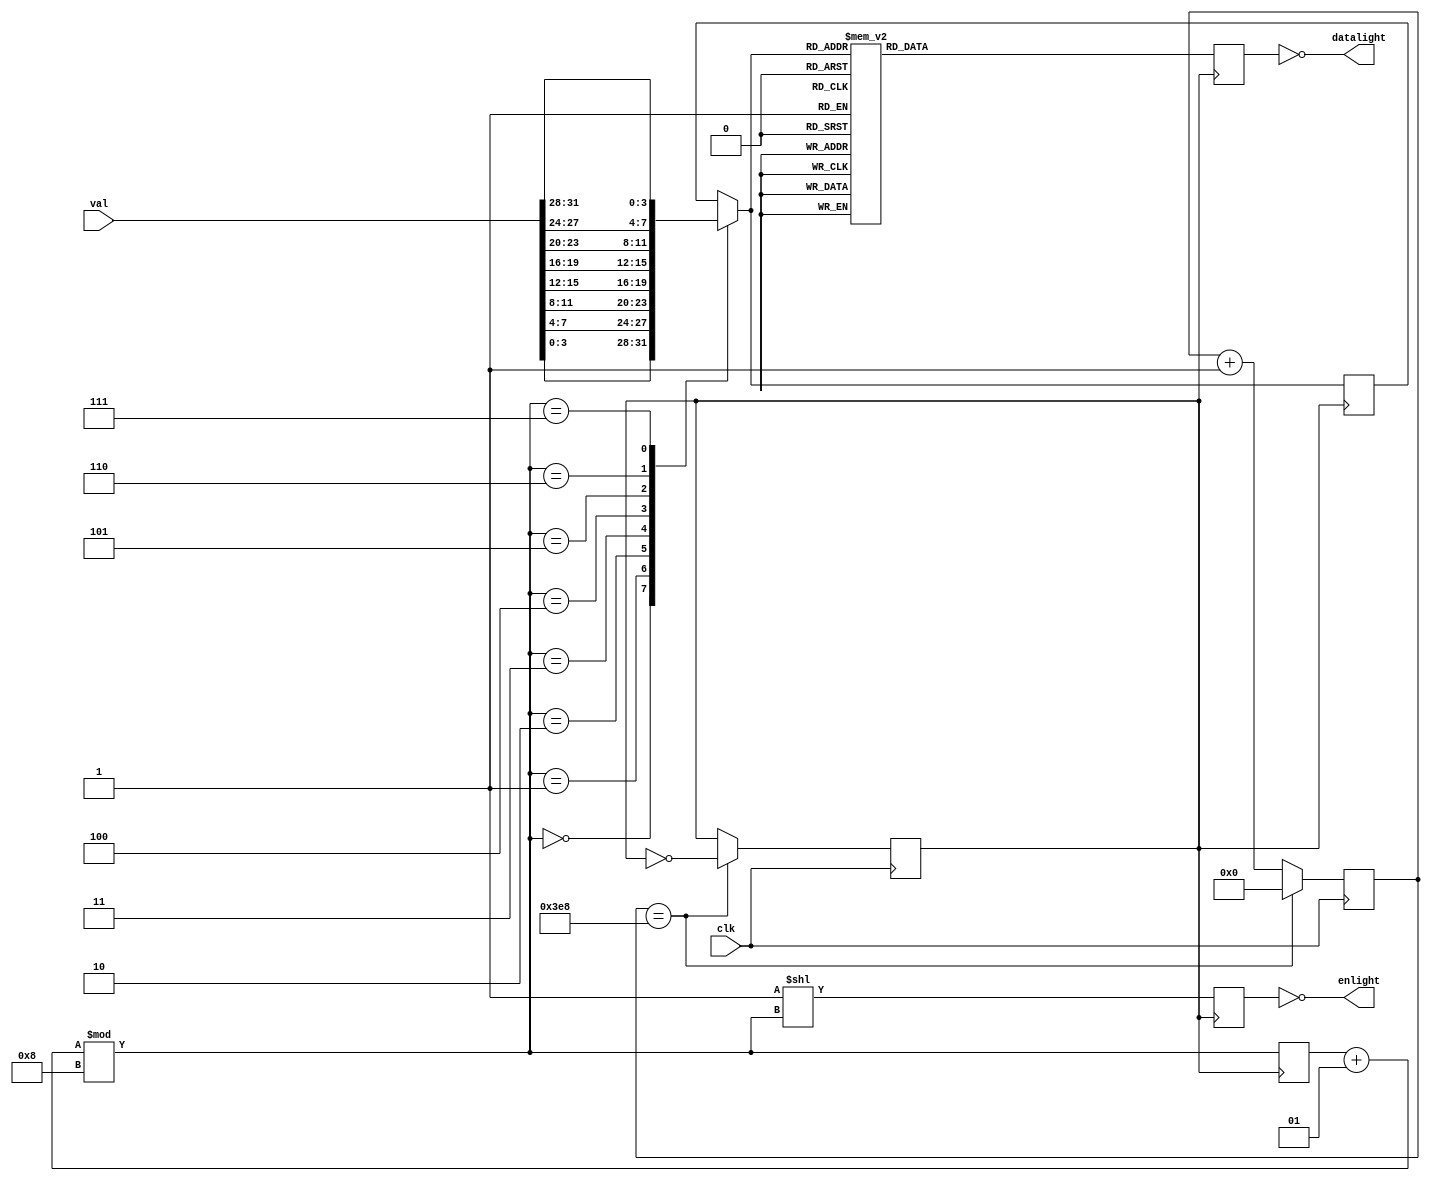
`timescale 1ns / 1ps
//////////////////////////////////////////////////////////////////////////////////
// Company: 
// Engineer: 
// 
// Design Name: 
// Module Name: SEVEN_CVT
// Project Name: 
// Target Devices: 
// Tool Versions: 
// Description: 
// 
// Dependencies: 
// 
// Revision:
// Revision 0.01 - File Created
// Additional Comments:
// 
//////////////////////////////////////////////////////////////////////////////////


module SEVEN_CVT(
        input wire  clk,
        input wire[31:0]    val,

        output [7:0] enlight,
        output [7:0] datalight
    );
    reg clk1;
    reg[19:0] clk_cnt;

integer light_cnt = 0;
reg [7:0] enlight_r = 8'b00000000;//?
reg [3:0] datalight_r = 4'b0000;
reg [7:0] datalight_r_r = 8'b00000000;//
    
    //assign A = 8'b00000000;
    initial begin
        clk_cnt <= 20'b00000000000000000000;
        clk1 <= 1'b0;
    end

    always @(posedge clk) begin
        clk_cnt <= clk_cnt + 20'b00000000000000000001;
        if(clk_cnt==20'd1000) begin
            clk_cnt <= 20'b00000000000000000000;
            clk1 <= ~clk1;
        end
    end

    always @(posedge clk1) begin
        light_cnt = (light_cnt + 1)%8;//
        enlight_r = 8'b00000001 << light_cnt;
        case(light_cnt)
        0: datalight_r = val[3 : 0];
        1: datalight_r = val[7 : 4];
        2: datalight_r = val[11: 8];
        3: datalight_r = val[15: 12];
        4: datalight_r = val[19: 16];
        5: datalight_r = val[23: 20];
        6: datalight_r = val[27: 24];
        7: datalight_r = val[31: 28];
    endcase
    //?
    case(datalight_r)
        4'b0000: datalight_r_r = 8'b00111111;//ABCDEF
        4'b0001: datalight_r_r = 8'b00000110;//BC
        4'b0010: datalight_r_r = 8'b01011011;//ABDEG
        4'b0011: datalight_r_r = 8'b01001111;//ABCDG
        4'b0100: datalight_r_r = 8'b01100110;//BCFG
        4'b0101: datalight_r_r = 8'b01101101;//ACDFG
        4'b0110: datalight_r_r = 8'b01111101;//ACDEFG
        4'b0111: datalight_r_r = 8'b00000111;//ABC
        4'b1000: datalight_r_r = 8'b01111111;//ABCDEFG
        4'b1001: datalight_r_r = 8'b01101111;//ABCFG
        4'b1010: datalight_r_r = 8'b00110111;
        4'b1011: datalight_r_r = 8'b01111100;
        4'b1100: datalight_r_r = 8'b01011000;
        4'b1101: datalight_r_r = 8'b01011110;
        4'b1110: datalight_r_r = 8'b01111001;
        4'b1111: datalight_r_r = 8'b01110001;
        default: datalight_r_r = 8'b01000000;//G
    endcase
    end
    //
assign enlight = ~enlight_r;
assign datalight = ~datalight_r_r;

endmodule